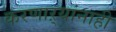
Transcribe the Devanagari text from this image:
करणाऱ्यांनाही